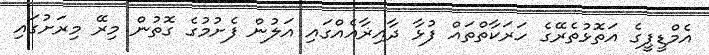
އެމްޑީޕީގެ އަތޮޅުތެރޭގެ ހަރަކާތްތައް ފުޅާ ދާއިޜާއެއްގައި އަލުން ފެށުމުގެ ގޮތުން މިރޭ މިރަށުގައި